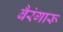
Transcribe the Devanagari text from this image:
बैरंगारू